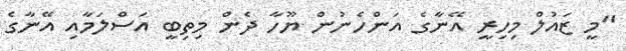
"މީ ޒައުލް މިހިރީ އޭނާގެ އަންހެނުން ޔޫހާ ދެން މިތިބީ އަސްލަމާއި އޭނާގެ